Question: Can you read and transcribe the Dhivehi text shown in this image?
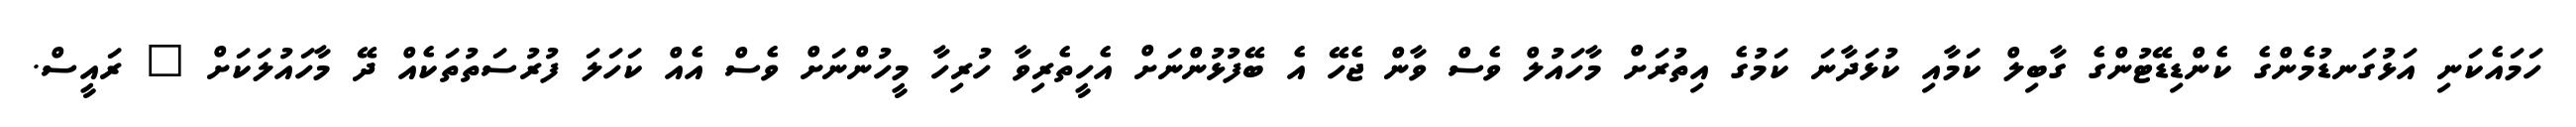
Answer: ހަމައެކަނި އަޅުގަނޑުމެންގެ ކެންޑިޑޭޓުންގެ ގާބިލް ކަމާއި ކުޅަދާނަ ކަމުގެ އިތުރަށް މާހައުލް ވެސް ވާން ޖެހޭ އެ ބޭފުޅުންނަށް އެހީތެރިވާ ހުރިހާ މީހުންނަށް ވެސް އެއް ކަހަލަ ފުރުސަތުތަކެއް ދޭ މާހައުލަކަށް " ރައީސް.